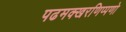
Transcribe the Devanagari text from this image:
पढमक्खरणिप्पणो